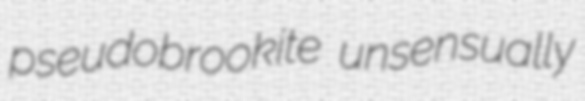
pseudobrookite unsensually